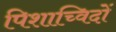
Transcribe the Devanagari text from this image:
पिशाच्विदों